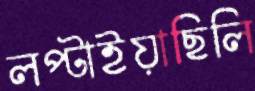
লপ্‌টাইয়াছিলি